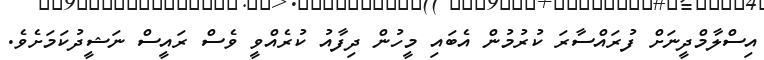
އިސްލާމްދީނަށް ފުރައްސާރަ ކުރުމުން އެބައި މީހުން ދިފާއު ކުރެއްވީ ވެސް ރައީސް ނަޝީދުކަމަށެވެ.